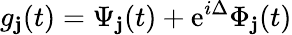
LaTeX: g_{\mathbf{j}}(t)=\Psi_{\mathbf{j}}(t)+\mathrm{{e}}^{i\Delta}\Phi_{\mathbf{j}}(t)